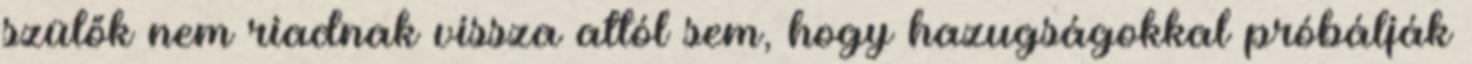
szülők nem riadnak vissza attól sem, hogy hazugságokkal próbálják